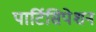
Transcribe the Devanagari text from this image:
पार्टिसिपेशन